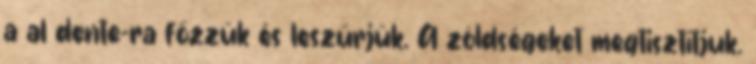
a al dente-ra főzzük és leszűrjük. A zöldségeket megtisztítjuk.